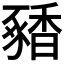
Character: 𬳝